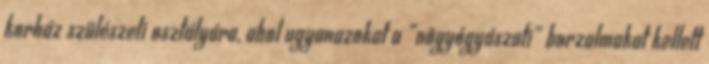
korház szülészeti osztályára, ahol ugyanazokat a “nõgyógyászati” borzalmakat kellett